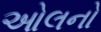
ઓલનો